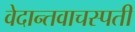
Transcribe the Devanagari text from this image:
वेदान्तवाचस्पती